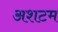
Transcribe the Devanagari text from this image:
अशटम